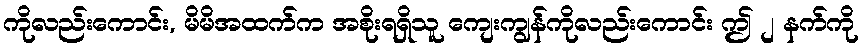
ကိုလည်းကောင်း, မိမိအထက်က အစိုးရရှိသူ ကျေးကျွန်ကိုလည်းကောင်း ဤ ၂ နက်ကို